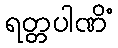
ရတ္တပါဏိံ